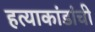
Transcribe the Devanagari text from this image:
हत्याकांडांची